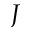
J